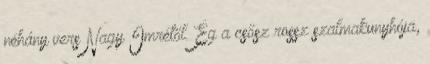
néhány vers Nagy Imrétől. Ég a csősz rossz szalmakunyhója,